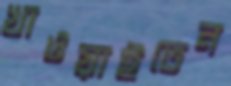
খাওয়াইতেন